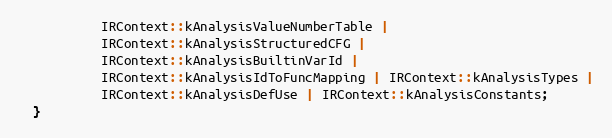
Language: C
           IRContext::kAnalysisValueNumberTable |
           IRContext::kAnalysisStructuredCFG |
           IRContext::kAnalysisBuiltinVarId |
           IRContext::kAnalysisIdToFuncMapping | IRContext::kAnalysisTypes |
           IRContext::kAnalysisDefUse | IRContext::kAnalysisConstants;
  }